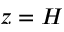
z = H